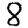
Digit: 8